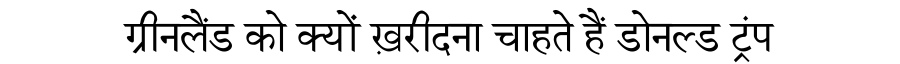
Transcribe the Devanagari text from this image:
ग्रीनलैंड को क्यों ख़रीदना चाहते हैं डोनल्ड ट्रंप